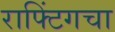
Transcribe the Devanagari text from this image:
राफ्टिंगचा